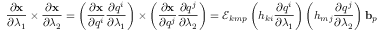
{ \frac { \partial \mathbf { x } } { \partial \lambda _ { 1 } } } \times { \frac { \partial \mathbf { x } } { \partial \lambda _ { 2 } } } = \left( { \frac { \partial \mathbf { x } } { \partial q ^ { i } } } { \frac { \partial q ^ { i } } { \partial \lambda _ { 1 } } } \right) \times \left( { \frac { \partial \mathbf { x } } { \partial q ^ { j } } } { \frac { \partial q ^ { j } } { \partial \lambda _ { 2 } } } \right) = { \mathcal { E } } _ { k m p } \left( h _ { k i } { \frac { \partial q ^ { i } } { \partial \lambda _ { 1 } } } \right) \left( h _ { m j } { \frac { \partial q ^ { j } } { \partial \lambda _ { 2 } } } \right) \mathbf { b } _ { p }